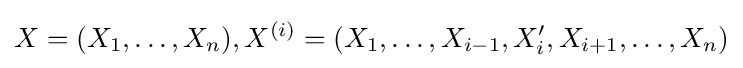
X=(X_{1},\dots ,X_{n}),X^{(i)}=(X_{1},\dots ,X_{i-1},X_{i}',X_{i+1},\dots ,X_{n})